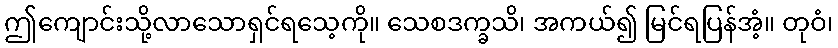
ဤကျောင်းသို့လာသောရှင်ရသေ့ကို။ သေစဒက္ခသိ၊ အကယ်၍ မြင်ရပြန်အံ့။ တုဝံ၊